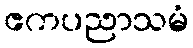
ဧကပညာသမံ